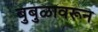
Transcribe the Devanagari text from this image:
बुबुळावरून